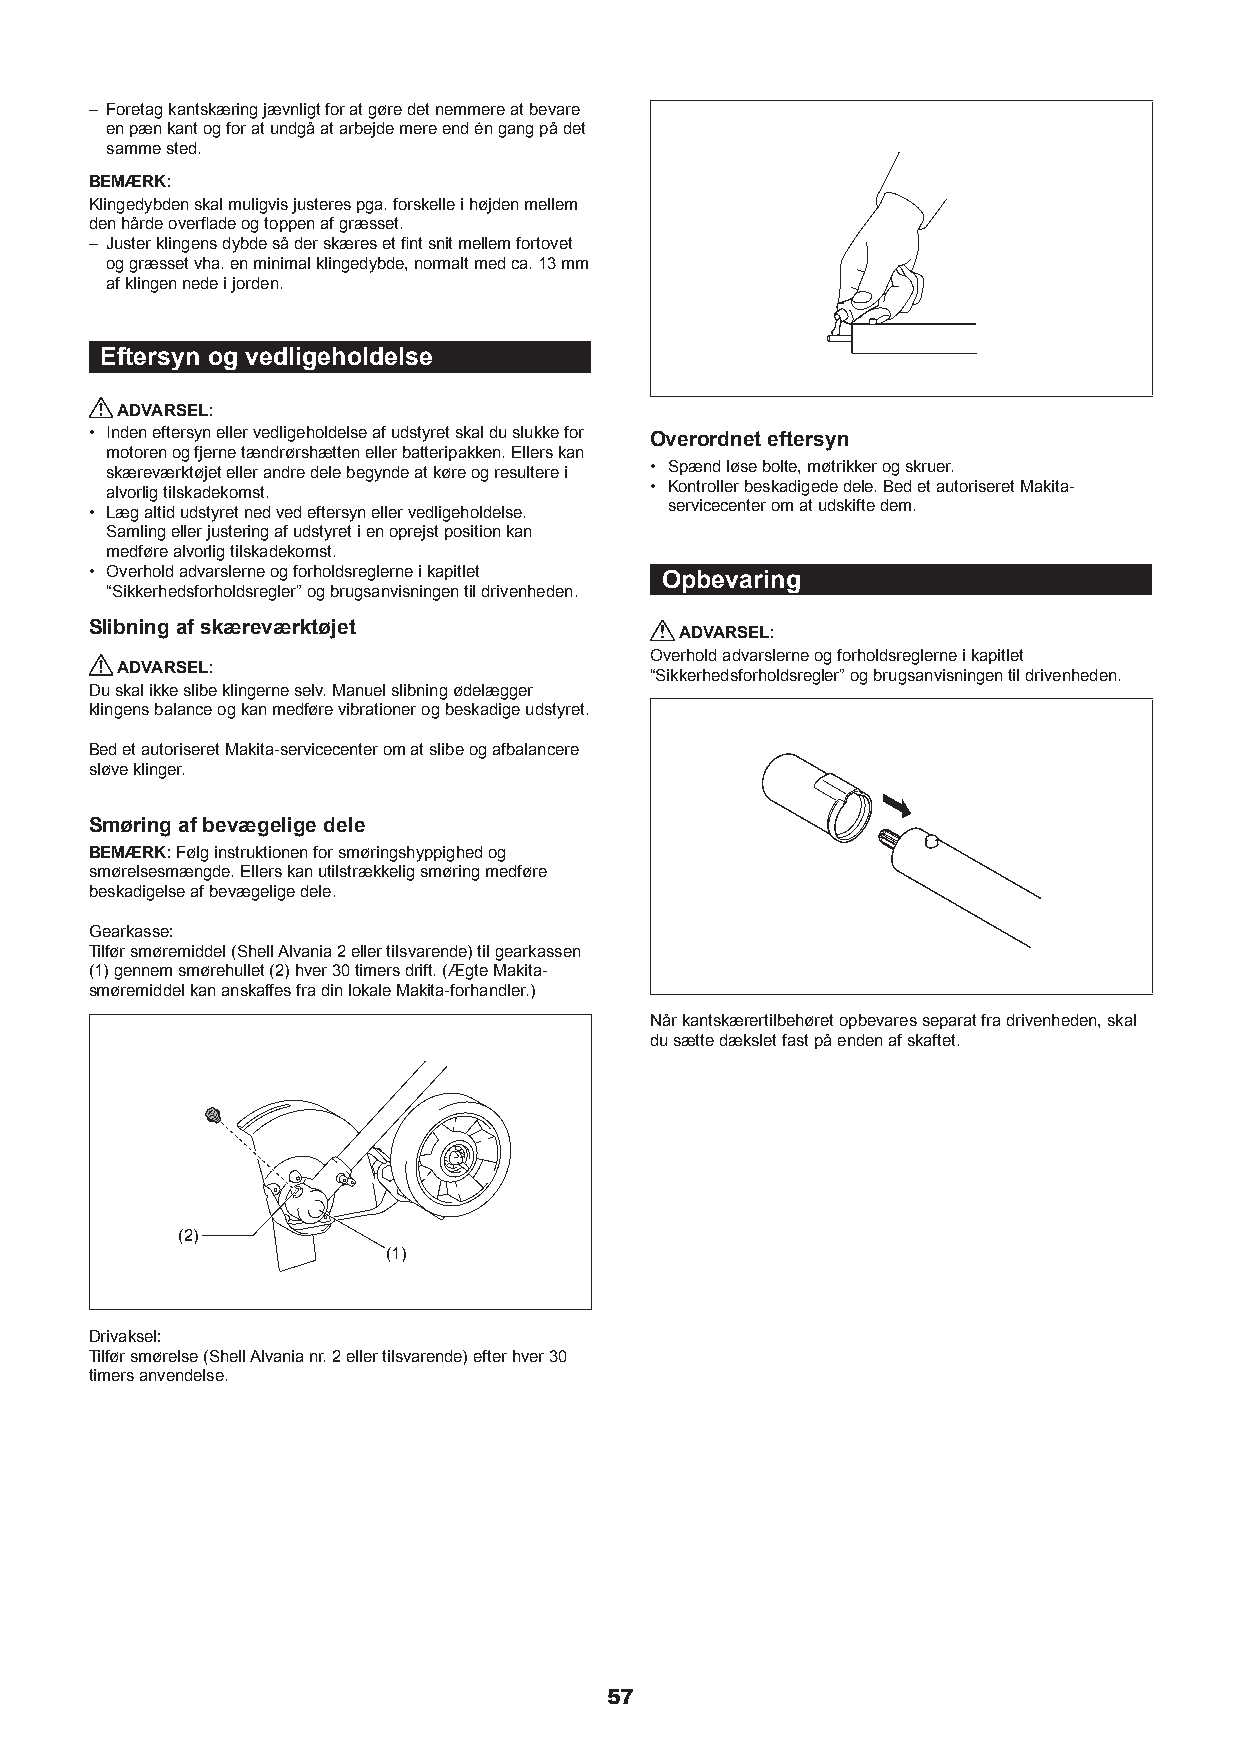
– Foretag kantskæring jævnligt for at gøre det nemmere at bevare
 en pæn kant og for at undgå at arbejde mere end én gang på det
 samme sted.
 BEMÆRK:
 Klingedybden skal muligvis justeres pga. forskelle i højden mellem
 den hårde overflade og toppen af græsset.
 – Juster klingens dybde så der skæres et fint snit mellem fortovet
 og græsset vha. en minimal klingedybde, normalt med ca. 13 mm
 af klingen nede i jorden.
 Eftersyn og vedligeholdelse
 ADVARSEL:
 • Inden eftersyn eller vedligeholdelse af udstyret skal du slukke for Overordnet eftersyn
 motoren og fjerne tændrørshætten eller batteripakken. Ellers kan
 skæreværktøjet eller andre dele begynde at køre og resultere i • Spænd løse bolte, møtrikker og skruer.
 alvorlig tilskadekomst.             • Kontroller beskadigede dele. Bed et autoriseret Makita-
 • Læg altid udstyret ned ved eftersyn eller vedligeholdelse. servicecenter om at udskifte dem.
 Samling eller justering af udstyret i en oprejst position kan
 medføre alvorlig tilskadekomst.
 • Overhold advarslerne og forholdsreglerne i kapitlet
 Opbevaring
 “Sikkerhedsforholdsregler” og brugsanvisningen til drivenheden.
 Slibning af skæreværktøjet
 ADVARSEL:
 Overhold advarslerne og forholdsreglerne i kapitlet
 ADVARSEL:
 “Sikkerhedsforholdsregler” og brugsanvisningen til drivenheden.
 Du skal ikke slibe klingerne selv. Manuel slibning ødelægger
 klingens balance og kan medføre vibrationer og beskadige udstyret.
 Bed et autoriseret Makita-servicecenter om at slibe og afbalancere
 sløve klinger.
 Smøring af bevægelige dele
 BEMÆRK: Følg instruktionen for smøringshyppighed og
 smørelsesmængde. Ellers kan utilstrækkelig smøring medføre
 beskadigelse af bevægelige dele.
 Gearkasse:
 Tilfør smøremiddel (Shell Alvania 2 eller tilsvarende) til gearkassen
 (1) gennem smørehullet (2) hver 30 timers drift. (Ægte Makita-
 smøremiddel kan anskaffes fra din lokale Makita-forhandler.)
 Når kantskærertilbehøret opbevares separat fra drivenheden, skal
 du sætte dækslet fast på enden af skaftet.
 (2)
 (1)
 Drivaksel:
 Tilfør smørelse (Shell Alvania nr. 2 eller tilsvarende) efter hver 30
 timers anvendelse.
 57